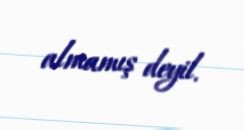
almamış deyil.